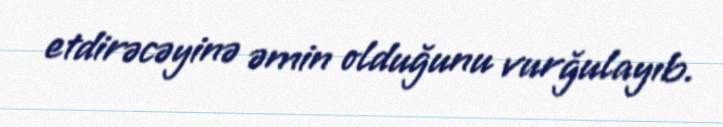
etdirəcəyinə əmin olduğunu vurğulayıb.